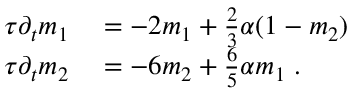
\begin{array} { r l } { \tau \partial _ { t } m _ { 1 } } & { { } = - 2 m _ { 1 } + \frac { 2 } { 3 } \alpha ( 1 - m _ { 2 } ) } \\ { \tau \partial _ { t } m _ { 2 } } & { { } = - 6 m _ { 2 } + \frac { 6 } { 5 } \alpha m _ { 1 } \; . } \end{array}